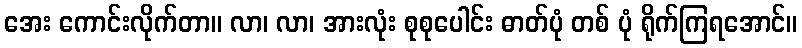
အေး ကောင်းလိုက်တာ။ လာ၊ လာ၊ အားလုံး စုစုပေါင်း ဓာတ်ပုံ တစ် ပုံ ရိုက်ကြရအောင်။